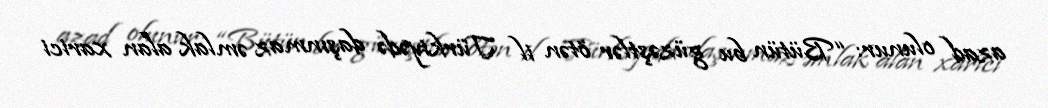
azad olunur: “Bütün bu güzəştlər ötən il Türkiyədə daşınmaz əmlak alan xarici